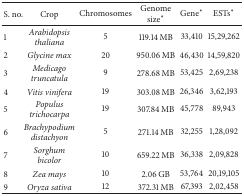
<table><thead><tr><td><b>S. no. </b></td><td><b>Crop</b></td><td><b>Chromosomes </b></td><td><b>Genome size*</b></td><td><b>Gene*</b></td><td><b>ESTs*</b></td></tr></thead><tbody><tr><td>1</td><td><i>Arabidopsis thaliana </i></td><td>5</td><td>119.14 MB </td><td>33,410</td><td>15,29,262</td></tr><tr><td>2</td><td><i>Glycine max </i></td><td>20</td><td>950.06 MB </td><td>46,430</td><td>14,59,820</td></tr><tr><td>3</td><td><i>Medicago truncatula </i></td><td>9</td><td>278.68 MB </td><td>53,425</td><td>2,69,238</td></tr><tr><td>4</td><td><i>Vitis vinifera </i></td><td>19</td><td>303.08 MB </td><td>26,346</td><td>3,62,193</td></tr><tr><td>5</td><td><i>Populus trichocarpa </i></td><td>19</td><td>307.84 MB </td><td>45,778</td><td>89,943</td></tr><tr><td>6</td><td><i>Brachypodium distachyon </i></td><td>5</td><td>271.14 MB </td><td>32,255</td><td>1,28,092</td></tr><tr><td>7</td><td><i>Sorghum bicolor </i></td><td>10</td><td>659.22 MB </td><td>36,338</td><td>2,09,828</td></tr><tr><td>8</td><td><i>Zea mays </i></td><td>10</td><td>2.06 GB </td><td>53,764</td><td>20,19,105</td></tr><tr><td>9</td><td><i>Oryza sativa </i></td><td>12</td><td>372.31 MB </td><td>67,393</td><td>2,02,458</td></tr></tbody></table>